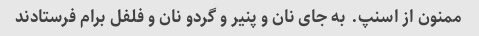
ممنون از اسنپ. به جای نان و پنیر و گردو نان و فلفل برام فرستادند